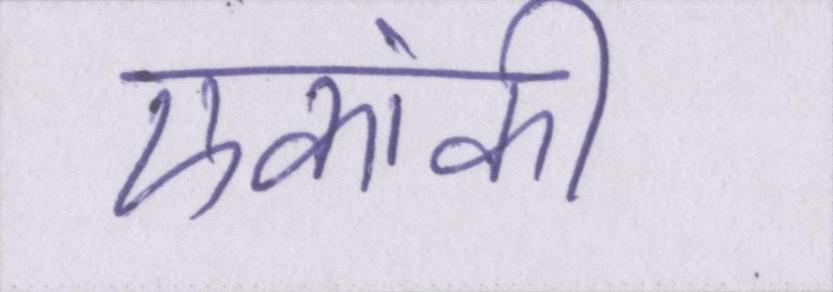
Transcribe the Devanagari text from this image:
एकांकी